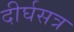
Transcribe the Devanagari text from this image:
दीर्घसत्र